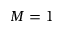
M = 1